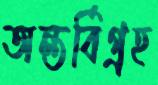
অন্তর্বিগ্রহ